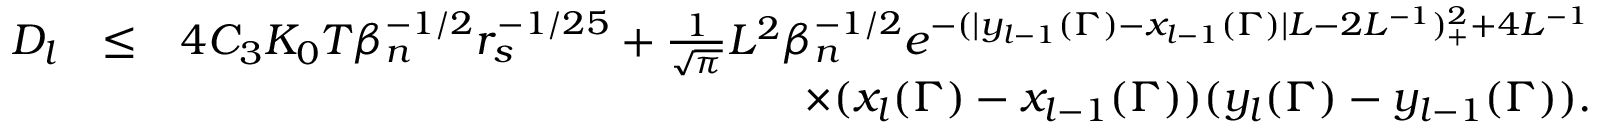
\begin{array} { r l r } { D _ { l } } & { \leq } & { 4 C _ { 3 } K _ { 0 } T \beta _ { n } ^ { - 1 \slash 2 } r _ { s } ^ { - 1 \slash 2 5 } + \frac { 1 } { \sqrt { \pi } } L ^ { 2 } \beta _ { n } ^ { - 1 \slash 2 } e ^ { - ( | y _ { l - 1 } ( \Gamma ) - x _ { l - 1 } ( \Gamma ) | L - 2 L ^ { - 1 } ) _ { + } ^ { 2 } + 4 L ^ { - 1 } } } \\ & { } & { \quad \quad \quad \quad \quad \quad \quad \quad \quad \quad \times ( x _ { l } ( \Gamma ) - x _ { l - 1 } ( \Gamma ) ) ( y _ { l } ( \Gamma ) - y _ { l - 1 } ( \Gamma ) ) . } \end{array}